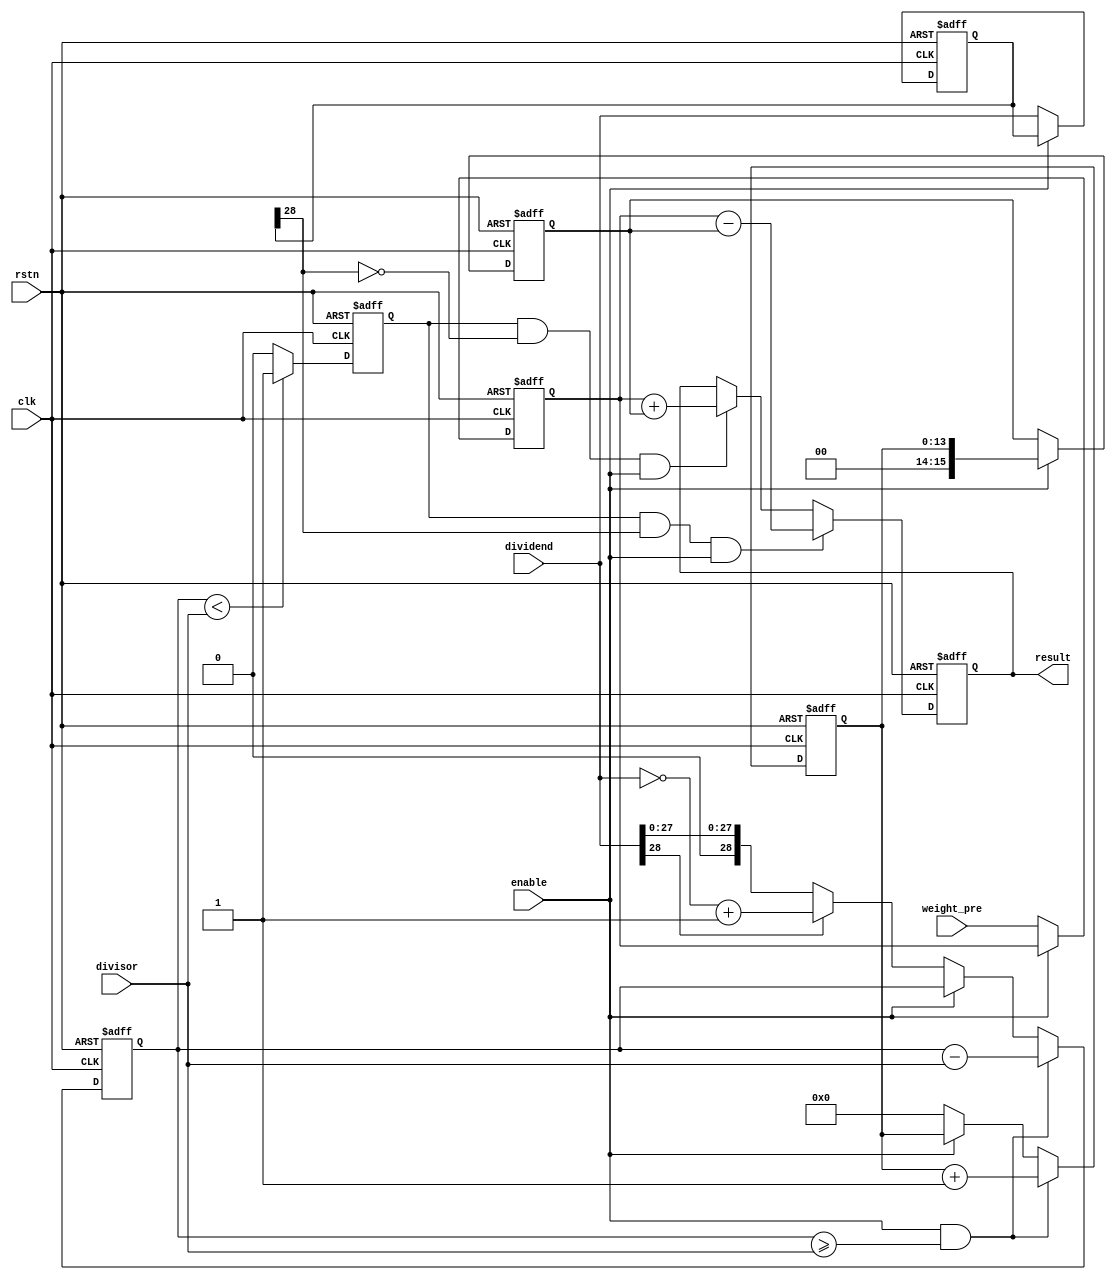
`timescale 1ns/1ps
module divdiv ( dividend, divisor,weight_pre, clk, rstn, enable, result);

input	[28:0] dividend;
input	[28:0] divisor;
input 	[15:0] weight_pre;
input	clk;
input	rstn;
input	enable;


output	reg[15:0]result;


/////////////////////////////////////////////////////////
// result = dividend / divisor
//
// If input bus width is 32 bits, clk needs 32 cycles
// inputing data while enable = 0
// Calculating while enable = 1
// Keeping result while enable = 0 
// This source code is proveded by kuiliang 2017/10/17
///////////////////////////////////////////////////////
reg [28:0]temp;
reg [28:0]temp1;
reg [15:0]weight_temp;
reg [13:0]counter;
reg [15:0]result_pre;

always@(posedge clk or negedge rstn)
begin
	if (!rstn) 
		temp <=  29'd0;
	else if (enable && (temp >= divisor))
		temp <=  temp - divisor;
	else if (enable)
		temp <=  temp;
	else if (dividend[28]==1)
		temp <=  ~dividend+1'b1;
	else if (dividend[28]==0)
		temp <=  dividend;
	else
		temp <= dividend;
end
always@(posedge clk or negedge rstn)
begin
	if (!rstn) 
		temp1 <=  29'd0;
	else if (enable)
		temp1 <=  temp1;
	else
		temp1 <= dividend;
end
always@(posedge clk or negedge rstn)
begin
	if (!rstn) 
		weight_temp <=  16'd0;
	else if (enable==0)
		weight_temp <=  weight_pre;
	else
		weight_temp <= weight_temp;
end
always@(posedge clk or negedge rstn)
begin
	if (!rstn) 
		counter <=  14'd0;
	else if (enable && (temp >= divisor) )
		counter <=  counter + 14'd1;
	else if (enable)
		counter <=  counter;
	else
		counter <=  14'd0;
end

always@(posedge clk or negedge rstn)
begin
	if (!rstn) 
		result_pre <=  16'd0;
	else if ( enable )
		result_pre <=  counter;
	else 
		result_pre <=  result_pre;
end
reg result_ok;
always@(posedge clk or negedge rstn)
begin
	if (!rstn) 
		result_ok <=  1'b0;
	else if (temp < divisor)
		result_ok <=  1'b1;
	else 
		result_ok <=  1'b0;
end

always@(posedge clk or negedge rstn)
begin
	if (!rstn) 
		result <=  16'b0;
	else if (result_ok==1'b1&&temp1[28]==1'b1&&enable==1'b1)
		result <=  weight_temp-result_pre;
	else if (result_ok==1'b1&&temp1[28]==1'b0&&enable==1'b1)
		result <=  weight_temp+result_pre;
	else 
		result <=  result;
end


//assign result =(div_state==1)?result_pre:result;
//assign div_state = (temp <divisor)? 1'b1:1'b0;
endmodule